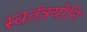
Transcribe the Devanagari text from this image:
स्वतंत्रयोनि